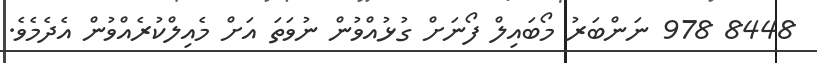
8448 978 ނަންބަރު މޯބައިލް ފޯނަށް ގުޅުއްވުން ނުވަތަ އަށް މެއިލްކުރެއްވުން އެދެމެވެ.